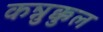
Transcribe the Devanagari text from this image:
कन्नुक्कुल